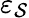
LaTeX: \varepsilon_{\mathcal{S}}